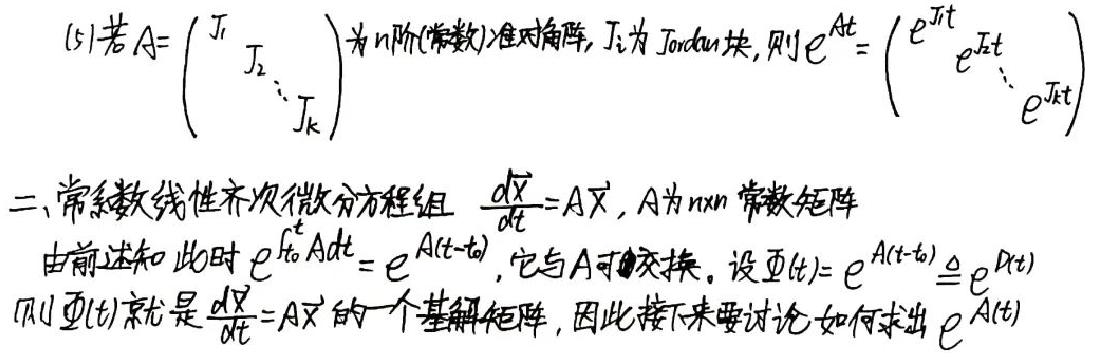
(5)若$A=\begin{pmatrix}J_1& & \\ &J_2& \\ & &\ddots& \\ & & &J_k\end{pmatrix}$为$n$阶(常数)准对角阵，$J_i$为Jordan块，则$e^{At}=\begin{pmatrix}e^{J_1t}& & \\ &e^{J_2t}& \\ & &\ddots& \\ & & &e^{J_kt}\end{pmatrix}$

二、常系数线性齐次微分方程组 $\frac{d\vec{x}}{dt}=A\vec{x}$，$A$为$n\times n$常数矩阵
由前述知此时$e^{\int_{t_0}^{t}A dt}=e^{A(t - t_0)}$，它与$A$可交换。设$\varPsi(t)=e^{A(t - t_0)}\triangleq e^{At}$
则$\varPsi(t)$就是$\frac{d\vec{x}}{dt}=A\vec{x}$的一个基解矩阵，因此接下来要讨论如何求出$e^{At}$